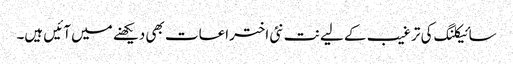
سائیکلنگ کی ترغیب کے لیے نت نئی اختراعات بھی دیکھنے میں آئیں ہیں۔